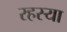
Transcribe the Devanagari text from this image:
रहस्या